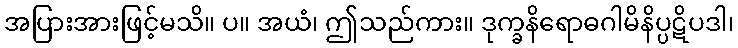
အပြားအားဖြင့်မသိ။ ပ။ အယံ၊ ဤသည်ကား။ ဒုက္ခနိရောဓဂါမိနိပ္ပဋိပဒါ၊